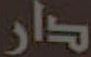
دار